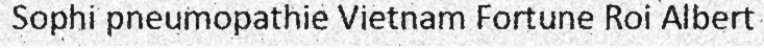
Sophi pneumopathie Vietnam Fortune Roi Albert